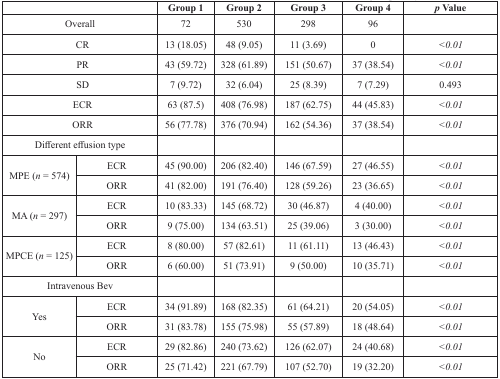
<table><thead><tr><td colspan="2"></td><td><b>Group 1</b></td><td><b>Group 2</b></td><td><b>Group 3</b></td><td><b>Group 4</b></td><td><b><i>p</i> Value</b></td></tr></thead><tbody><tr><td colspan="2">Overall</td><td>72</td><td>530</td><td>298</td><td>96</td><td></td></tr><tr><td colspan="2">CR</td><td>13 (18.05)</td><td>48 (9.05)</td><td>11 (3.69)</td><td>0</td><td><i>&lt;0.01</i></td></tr><tr><td colspan="2">PR</td><td>43 (59.72)</td><td>328 (61.89)</td><td>151 (50.67)</td><td>37 (38.54)</td><td><i>&lt;0.01</i></td></tr><tr><td colspan="2">SD</td><td>7 (9.72)</td><td>32 (6.04)</td><td>25 (8.39)</td><td>7 (7.29)</td><td>0.493</td></tr><tr><td colspan="2">ECR</td><td>63 (87.5)</td><td>408 (76.98)</td><td>187 (62.75)</td><td>44 (45.83)</td><td><i>&lt;0.01</i></td></tr><tr><td colspan="2">ORR</td><td>56 (77.78)</td><td>376 (70.94)</td><td>162 (54.36)</td><td>37 (38.54)</td><td><i>&lt;0.01</i></td></tr><tr><td colspan="2">Different effusion type</td><td></td><td></td><td></td><td></td><td></td></tr><tr><td rowspan="2">MPE (<i>n</i> = 574)</td><td>ECR</td><td>45 (90.00)</td><td>206 (82.40)</td><td>146 (67.59)</td><td>27 (46.55)</td><td><i>&lt;0.01</i></td></tr><tr><td>ORR</td><td>41 (82.00)</td><td>191 (76.40)</td><td>128 (59.26)</td><td>23 (36.65)</td><td><i>&lt;0.01</i></td></tr><tr><td rowspan="2">MA (<i>n</i> = 297)</td><td>ECR</td><td>10 (83.33)</td><td>145 (68.72)</td><td>30 (46.87)</td><td>4 (40.00)</td><td><i>&lt;0.01</i></td></tr><tr><td>ORR</td><td>9 (75.00)</td><td>134 (63.51)</td><td>25 (39.06)</td><td>3 (30.00)</td><td><i>&lt;0.01</i></td></tr><tr><td rowspan="2">MPCE (<i>n</i> = 125)</td><td>ECR</td><td>8 (80.00)</td><td>57 (82.61)</td><td>11 (61.11)</td><td>13 (46.43)</td><td><i>&lt;0.01</i></td></tr><tr><td>ORR</td><td>6 (60.00)</td><td>51 (73.91)</td><td>9 (50.00)</td><td>10 (35.71)</td><td><i>&lt;0.01</i></td></tr><tr><td colspan="2">Intravenous Bev</td><td></td><td></td><td></td><td></td><td></td></tr><tr><td rowspan="2">Yes</td><td>ECR</td><td>34 (91.89)</td><td>168 (82.35)</td><td>61 (64.21)</td><td>20 (54.05)</td><td><i>&lt;0.01</i></td></tr><tr><td>ORR</td><td>31 (83.78)</td><td>155 (75.98)</td><td>55 (57.89)</td><td>18 (48.64)</td><td><i>&lt;0.01</i></td></tr><tr><td rowspan="2">No</td><td>ECR</td><td>29 (82.86)</td><td>240 (73.62)</td><td>126 (62.07)</td><td>24 (40.68)</td><td><i>&lt;0.01</i></td></tr><tr><td>ORR</td><td>25 (71.42)</td><td>221 (67.79)</td><td>107 (52.70)</td><td>19 (32.20)</td><td><i>&lt;0.01</i></td></tr></tbody></table>